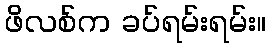
ဖိလစ်က ခပ်ရမ်းရမ်း။